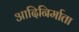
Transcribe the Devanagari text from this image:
आदिनिर्माता